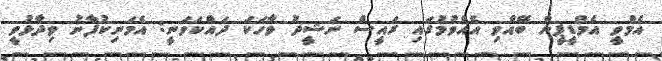
އެމްވީ އެމްޑީޕީން ބޭއްވި އެއްވުމުގައި ރައީސް ނަޝީދު ވާހަކަ ދައްކަވަނީ: އެމަނިކުފާނު ވިދާޅުވީ